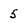
Character: 5